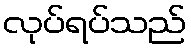
လုပ်ရပ်သည်